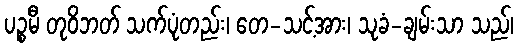
ပဉ္စမီ တုဝိဘတ် သက်ပုံတည်း၊ တေ-သင့်အား၊ သုခံ-ချမ်းသာ သည်၊